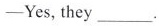
-Yes,they___.